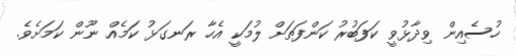
ހުސެއިން ވިދާޅުވީ ކަފަބުރު ކަންފަތަށް ލުމަކީ އެހާ ރަނގަޅު ކަމެއް ނޫން ކަމަށެވެ.